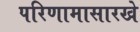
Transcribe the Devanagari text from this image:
परिणामासारखे